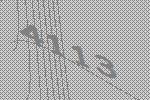
4113